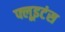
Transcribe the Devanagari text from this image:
फ्लूइटंस